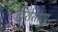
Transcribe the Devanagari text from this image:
विशेश्ताए